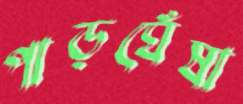
পাড়ঘেঁষা